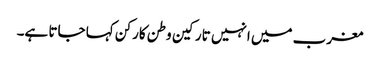
مغرب میں انہیں تارکین وطن کارکن کہا جاتا ہے۔